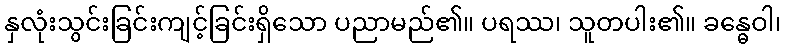
နှလုံးသွင်းခြင်းကျင့်ခြင်းရှိသော ပညာမည်၏။ ပရဿ၊ သူတပါး၏။ ခန္ဓေဝါ၊